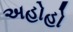
અહોહો